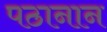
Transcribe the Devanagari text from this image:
पठानान